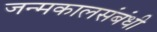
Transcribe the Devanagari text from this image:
जन्मकालसंबंधी